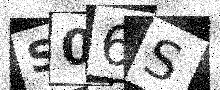
Text: S06S